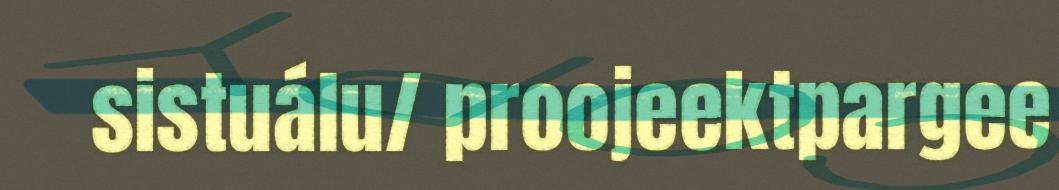
sistuálu/ proojeektpargee